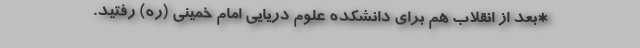
*بعد از انقلاب هم برای دانشکده علوم دریایی امام خمینی (ره) رفتید.